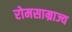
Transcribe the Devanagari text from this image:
रोमसाम्राज्य